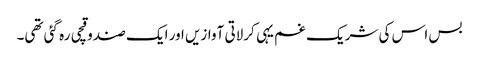
بس اس کی شریک غم یہی کرلاتی آوازیں اور ایک صندوقچی رہ گئی تھی۔